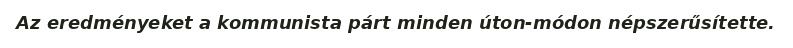
Az eredményeket a kommunista párt minden úton-módon népszerűsítette.